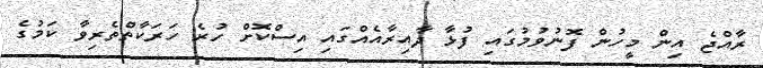
ރާއްޖެ އިން މީހުން ފޮނުވުމުގައި ފުޅާ ދާއިރާއެއްގައި އިސްކޮށް ހުރެ ހަރަކާތްތެރިވާ ކަމުގެ